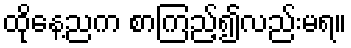
ထိုနေ့ညက စာကြည့်၍လည်းမရ။